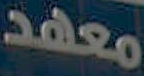
معهد